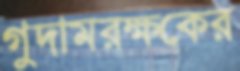
গুদামরক্ষকের